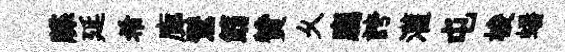
牒延希廊鸑筯贊乆廳誇灌屯梭蟠